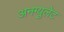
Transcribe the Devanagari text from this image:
अनग्युलेट